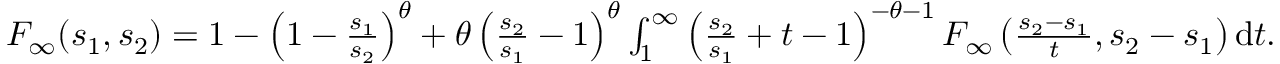
\begin{array} { r l } & { F _ { \infty } ( s _ { 1 } , s _ { 2 } ) = 1 - \left( 1 - \frac { s _ { 1 } } { s _ { 2 } } \right) ^ { \theta } + \theta \left( \frac { s _ { 2 } } { s _ { 1 } } - 1 \right) ^ { \theta } \int _ { 1 } ^ { \infty } \left( \frac { s _ { 2 } } { s _ { 1 } } + t - 1 \right) ^ { - \theta - 1 } F _ { \infty } \left( \frac { s _ { 2 } - s _ { 1 } } { t } , s _ { 2 } - s _ { 1 } \right) \mathrm { d } t . } \end{array}